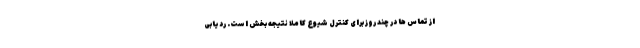
از تماس ها در چند روز برای کنترل شیوع کاملا نتیجه بخش است. ردیابی